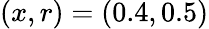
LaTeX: (x,r)=(0.4,0.5)